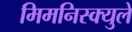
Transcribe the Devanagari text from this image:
मिमनिस्क्युले